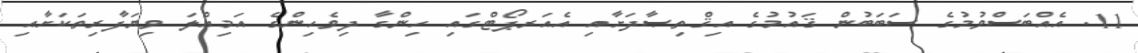
11. އެއްބަސްވުމުގެ ސަބަބުން ޤައުމުގެ އިޤްތިޞާދަށާއި އެއަރޕޯޓްގައި ހިންގާ ދިވެހިންގެ އަމިއްލަ ވިޔަފާރިތަކަށާއި